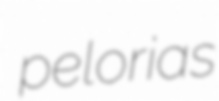
pelorias